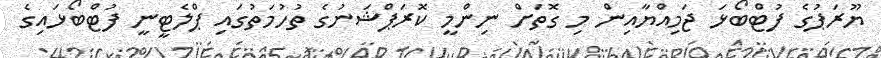
ޔޫރަޕުގެ ފުޓްބޯޅަ ޖަމިއްޔާއިން މި ގޮތަށް ނިންމީ ކޮރަޕްޝަނުގެ ތުހުމަތުގައި ޕްލެޓީނީ ފުޓްބޯޅައިގެ